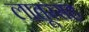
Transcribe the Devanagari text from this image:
लातूरसह